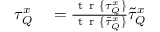
\begin{array} { r l } { \tau _ { Q } ^ { x } } & { { } = \frac { \mathrm { ~ t ~ r ~ } \{ \tau _ { Q } ^ { x } \} } { \mathrm { ~ t ~ r ~ } \{ \tilde { \tau } _ { Q } ^ { x } \} } \tilde { \tau } _ { Q } ^ { x } } \end{array}